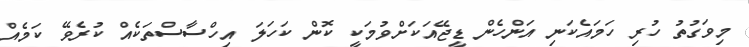
މިވަގުތު ހުރި ހަމައެކަނި އަންހެން ޑީޖޭއަކަށްވުމަކީ ކޮން ކަހަލަ އިހްސާސްތަކެއް ކުރެވޭ ކަމެއް